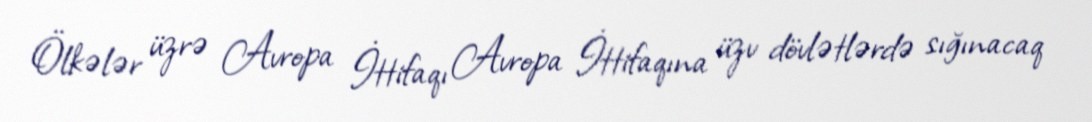
Ölkələr üzrə Avropa İttifaqı Avropa İttifaqına üzv dövlətlərdə sığınacaq